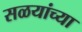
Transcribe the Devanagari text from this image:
सळयांच्या